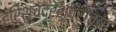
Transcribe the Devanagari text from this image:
हरिश्चंद्रेश्वराच्या